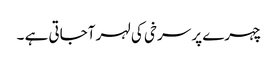
چہرے پر سرخی کی لہر آجاتی ہے ۔